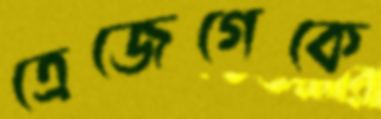
ত্রেজেগেকে